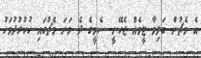
އެ މެޗުން ބަލިވާ ޓީމެއް ޖެހޭނީ ސެމީގެ ދެ ވަނަ މެޗުގައި ހުކުރުދުވަހު